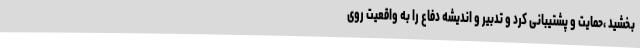
بخشید ،حمایت و پشتیبانی کرد و تدبیر و اندیشه دفاع را به واقعیت روی